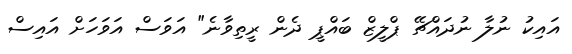
އައިކު ނުލާ ނުދައްޗޭ ޕްލީޒް ބައްޕީ ދެން ރީތިވާނެ" އަވަސް އަވަހަށް އައިސް